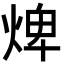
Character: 焷